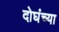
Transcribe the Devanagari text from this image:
दोघंच्या